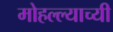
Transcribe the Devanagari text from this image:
मोहल्ल्याच्यी